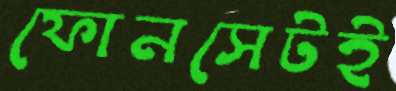
ফোনসেটই